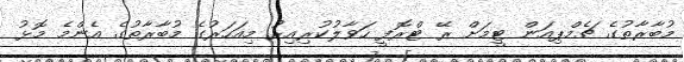
މުބާރާތުގެ ޗެމްޕިއަން ޓީމަށް ރޭ ޓްރޮފީ ހަވާލުކުރިއިރު މިއަހަރުގެ މުބާރާތުގެ އެންމެ މޮޅު